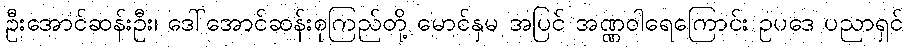
ဦးအောင်ဆန်းဦး၊ ဒေါ်အောင်ဆန်းစုကြည်တို့ မောင်နှမ အပြင် အဏ္ဏဝါရေကြောင်း ဥပဒေ ပညာရှင်